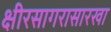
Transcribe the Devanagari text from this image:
क्षीरसागरासारखा